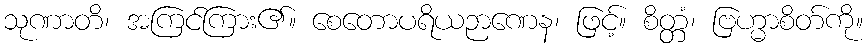
သုဏာတိ၊ အကြင်ကြား၏။ စေတောပရိယဉာဏေန၊ ဖြင့်။ စိတ္တံ၊ ဗြဟ္မာစိတ်ကို။